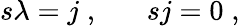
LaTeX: s\lambda=j\; ,\; \; \; \; \; \; sj=0\; ,